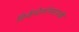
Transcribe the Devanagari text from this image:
डिकॅथेलॉनसारखी